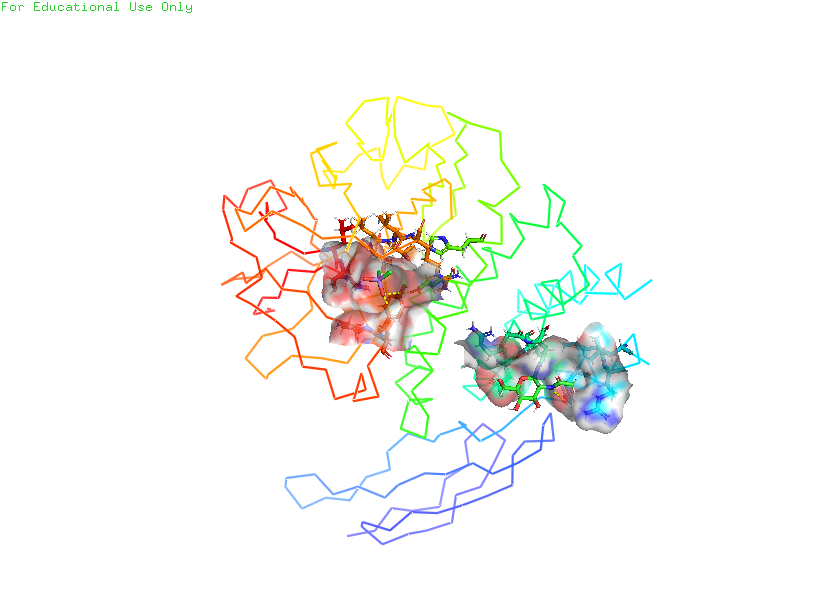
pymol, preset, ligand_sites_trans